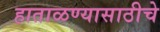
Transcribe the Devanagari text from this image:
हाताळण्यासाठीचे